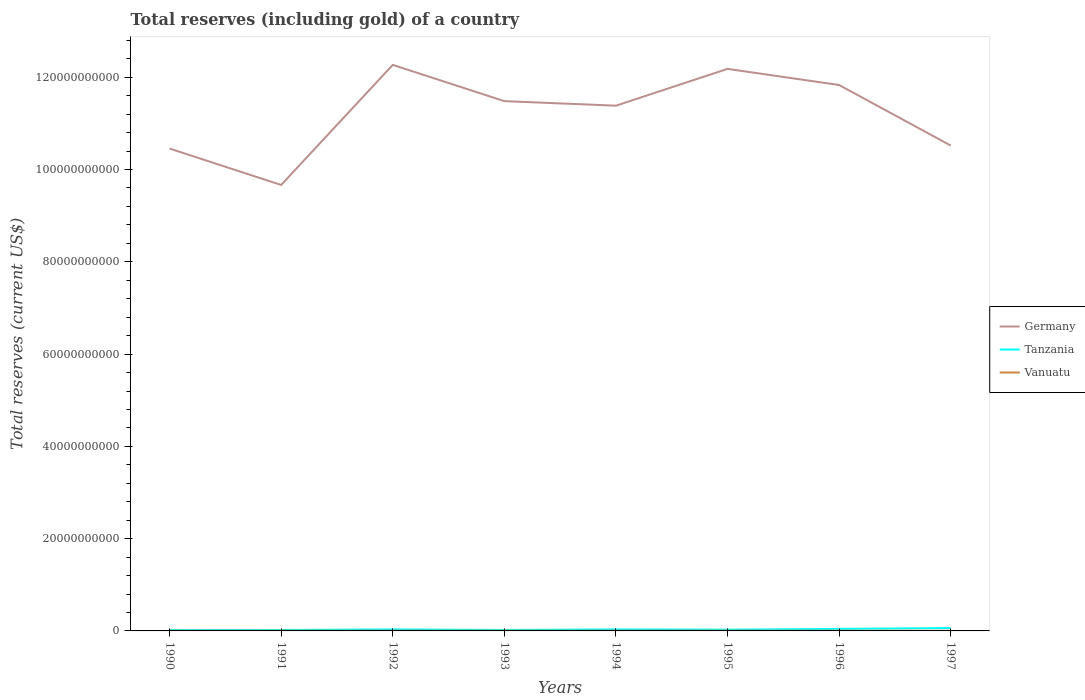
| Years | Germany | Tanzania | Vanuatu |
 | --- | --- | --- | --- |
 | 1990 | 1.05e+11 | 1.93e+08 | 3.77e+07 |
 | 1991 | 9.67e+10 | 2.04e+08 | 3.98e+07 |
 | 1992 | 1.23e+11 | 3.27e+08 | 4.25e+07 |
 | 1993 | 1.15e+11 | 2.03e+08 | 4.56e+07 |
 | 1994 | 1.14e+11 | 3.32e+08 | 4.36e+07 |
 | 1995 | 1.22e+11 | 2.7e+08 | 4.83e+07 |
 | 1996 | 1.18e+11 | 4.4e+08 | 4.39e+07 |
 | 1997 | 1.05e+11 | 6.22e+08 | 3.73e+07 |